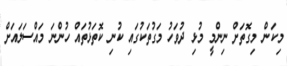
މިކަން މިގޮތަށް ނިންމީ މުޅި ދުވަހު މަގުތަކުގައި ކުނި ކޮތަޅުތައް ހުންނަ މައްސަލައަށް